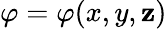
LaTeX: \varphi=\varphi(x,y,\mathbf{z})